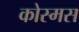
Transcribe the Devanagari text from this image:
कोस्मस